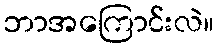
ဘာအကြောင်းလဲ။